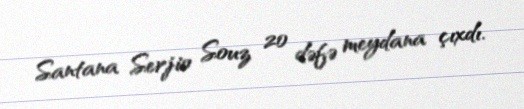
Santana Serjio Souz 20 dəfə meydana çıxdı.